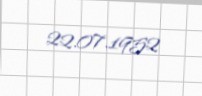
22.07.1952